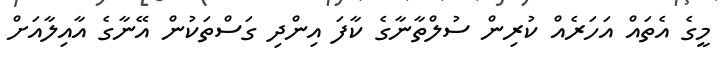
މީގެ އެތައް އަހަރެއް ކުރިން ސުލްތާނާގެ ކާފަ އިންދި ގަސްތަކުން އޭނާގެ އާއިލާއަށް